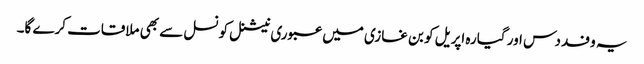
یہ وفد دس اور گیارہ اپریل کو بن غازی میں عبوری نیشنل کونسل سے بھی ملاقات کرے گا۔